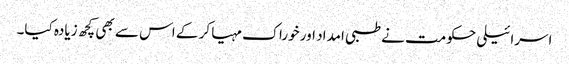
اسرائیلی حکومت نے طبی امداد اور خوراک مہیا کر کے اس سے بھی کچھ زیادہ کیا۔